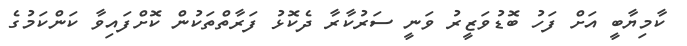
ކާމިޔާބީ އަށް ފަހު ބޮޑުވަޒީރު ވަނީ ސަރުކާރާ ދެކޮޅު ފަރާތްތަކުން ކޮށްފައިވާ ކަންކަމުގެ